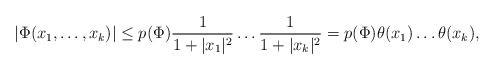
LaTeX: \begin{align*} |\Phi(x_1,\ldots,x_k)|\leq p(\Phi) \frac{1}{1+|x_1|^2}\ldots \frac{1}{1+|x_k|^2}=p(\Phi)\theta(x_1)\ldots \theta(x_k),\end{align*}